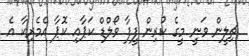
ޗިލީން ވަނީ މީގެ ކުރިން ފީފާ ވޯލްޑް ކަޕާއި ކޮޕާ އެމެރިކާ އެ